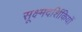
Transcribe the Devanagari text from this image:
सूक्ष्मदर्शिकियों